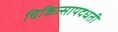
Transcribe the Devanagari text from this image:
चिकित्सापदधती